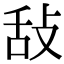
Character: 𢼤